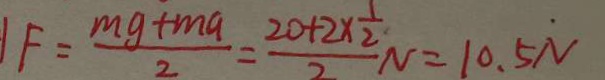
F = \frac { m g + m a } { 2 } = \frac { 2 0 + 2 \times \frac { 1 } { 2 } } { 2 } N = 1 0 . 5 N